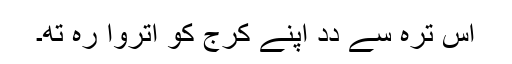
اِس ترہ سے دِدِ اَپنے کرج کو اُتروا رہِ تھِ۔